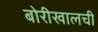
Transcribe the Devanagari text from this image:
बोरीखालची